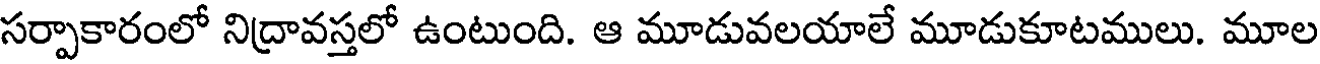
సర్పాకారంలో నిద్రావస్తలో ఉంటుంది. ఆ మూడువలయాలే మూడుకూటములు. మూల